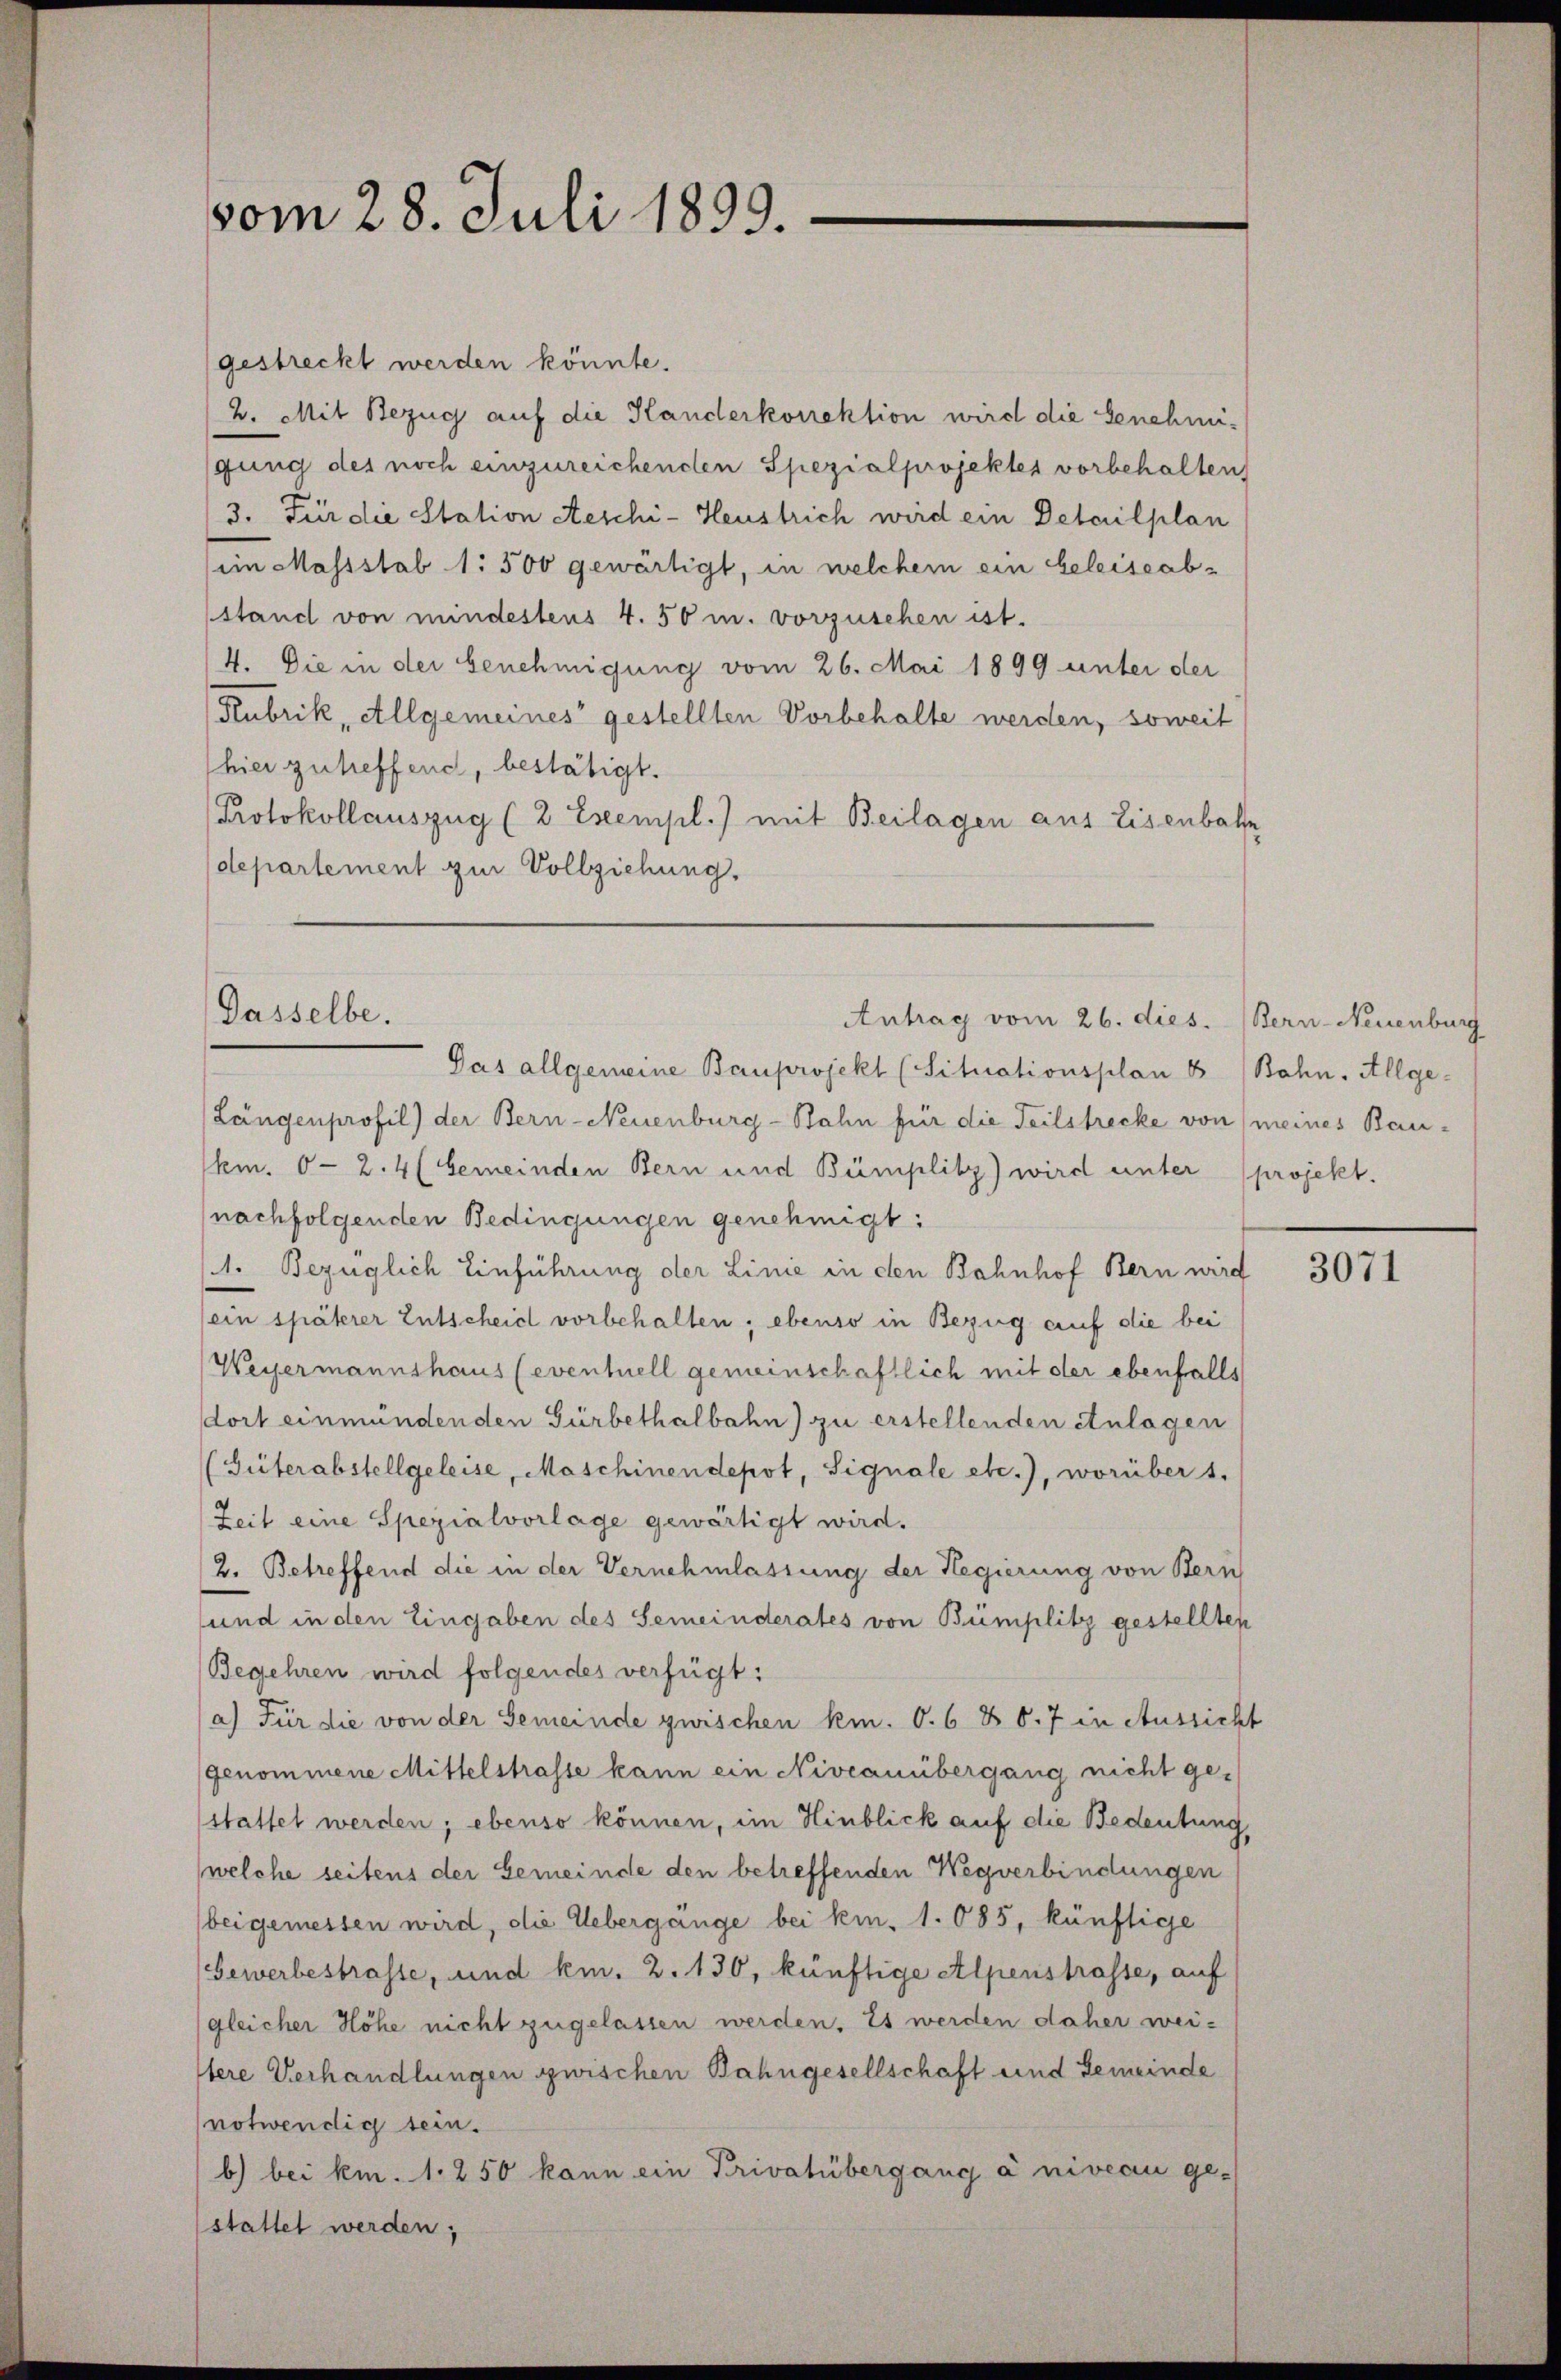
vom 28. Juli 1893.

gestreckt werden könnte.
2. Mit Bezug auf die Handerkorrektion wird die Genehmi-
gung des noch einzureichenden Spezialprojektes vorbehalten
3. Für die Station Aeschi- Heustrich wird ein Detailplan
im Massstab 1: 500 gewärtigt, in welchem ein beleiseab-
stand von mindestens 4. 50 m. vorzuschen ist.
4. Die in der Genehmigung vom 26. Mai 1899 unter der
Rubrik, Allgemeines gestellten Vorbehalte werden, soweit
hier zutreffend, bestätigt.
Protokollauszug (2 Exempl.) mit Beilagen aus Eisenbate
departement zur Vollziehung.

Gasselbe.
Antrag vom 26. dies. Bern-Neuenburg
Gas allgemeine Bauprojekt (Situationsplan & Bahn. Allge¬

Längenprofil) der Bern-Neuenburg-Bahn für die Teilstrecke von meines Baukm. 6 - 2. 4 (bemeinden Bern und Bümplitz) wird unter (projekt.
nachfolgenden Bedingungen genehmigt:
1. Bezüglich Einführung der Linie in den Bahnhof Bern wird
(ein späterer Entscheid vorbehalten; ebenso in Bezug auf die bei
Weyermannshaus (eventuell gemeinschaftlich mit der ebenfalls
dort einmündenden Gürbethalbahn) zu erstellenden Anlagen
(Güterabstellgeleise, Maschinendepot, Signale etc.), worüber 1.
Zeit eine Spezialvorlage gewärtigt wird.
2. Betreffend die in der Vernehmlassung der Regierung von Bern
und in den Eingaben des Semeinderates von Bümplitz gestellten
Begehren wird folgendes verfügt:
a) Für die von der Gemeinde zwischen km. O. 6 & 6. 7 in Aussicht
genommene Mittelstrasse kann ein Niveauübergang nicht gestattet werden; ebenso können, im Hinblick auf die Bedeutung,
welche seitens der Gemeinde den betreffenden Wegverbindungen
bei gemessen wird, die Uebergänge bei kin, 1. 085, künftige
Gewerbestrasse, und kn. 2. 130, künftige Alpenstrasse, auf
gleicher Höhe nicht zugelassen werden. Es werden daher wei-
tere Verhandlungen zwischen Bahngesellschaft und Gemeinde
notwendig sein.
b) bei km. 1. 250 kann ein Privatübergang a niveau ge-
stattet werden;

3071